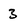
Character: 3